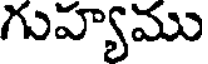
గువ్యాము